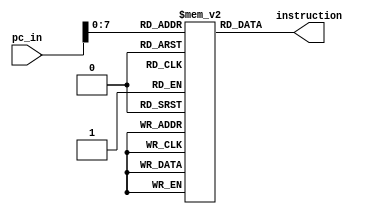
`timescale 1ns / 1ps
module InstructionMemory (
    input [31:0] pc_in,               // Program counter (input)
    output reg [31:0] instruction     // Output instruction
);

    reg [31:0] memory [0:255];  // Define the instruction memory as an array of 32-bit instructions

    // Initialize the instruction memory with your program instructions
    initial begin
            //memory[0] = 32'b0000000_00001_00000_000_00001_0010011; // ADDI
            //memory[1] = 32'b0000000_00001_00001_000_00010_0010011; // ADDI
           //memory[1] = 32'b0000000_00010_00001_000_00011_0110011;  // ADD r3 <- r1 + r2 should forward from WB to  inst3 
           //memory[2] = 32'b0000000_00010_00011_000_00100_0110011;  // ADD r4 <- r2 + r3 should forward from EXMEM to inst3
           //memory[3] = 32'b0000000_00010_00011_000_01000_0110011;  // ADD r8 <- r2 + r3
           //memory[4] = 32'b0000000_00011_00001_000_00111_0110011;  // ADD, writes to register x3
           //memory[5] = 32'b0000000_00010_00011_000_00100_0110011;  // ADD, writes to register x4
           //memory[6] = 32'b0000000_00001_00010_000_00101_0110011;  // ADD, writes to register x5

            //memory[3] = 32'b0100000_00001_00010_000_00100_0010011; //  SUB
            //memory[1] = 32'b0000000_00010_00001_010_00101_0100011; // SW rs2 2, rs1 0, imm 5
            memory[1] = 32'b0000000_00001_00101_010_00011_0000011; // LW rd 3, rs1 1, imm 6
            memory[2] = 32'b0000000_00010_00011_000_00100_0110011;  // ADD
            //memory[6] = 32'b0000000_00001_00110_000_00111_0010011; // ADDI
            //memory[2] = 32'b0000000_00011_00011_000_01000_1100011; // BEQ
            //memory[9] = 32'b0000000_00000_00011_001_00100_1100011; // BNE
            //memory[11] = 32'b0000000_00011_00011_001_00100_1100011; // BNE wont branch.
            //memory[12] = 32'b0000000_00001_00110_000_00111_0010011; // ADDI
            //memory[1] = 32'b0_0000000111_0_00000000_00011_1101111; // JAL IMM 3
            //memory[17] = 32'b0000000_00101_00011_000_01111_0010011; // ADDI
            //memory[18] = 32'b00000000_0000_01111_000_11111_1100111; // JALR
            //memory[20] = 32'b0000000_00011_11111_000_00111_0010011; // ADDI   
    end//

    always @* begin
        instruction = memory[pc_in];
    end

endmodule